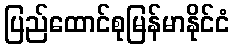
ပြည်ထောင်စုမြန်မာနိုင်ငံ